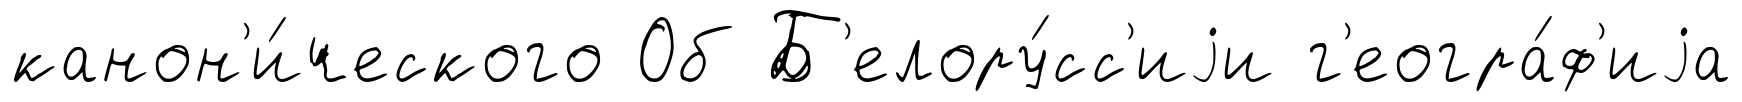
канон'и́ческого Об Б'елору́сс'иjи г'еогра́ф'иjа